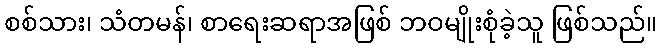
စစ်သား၊ သံတမန်၊ စာရေးဆရာအဖြစ် ဘဝမျိုးစုံခဲ့သူ ဖြစ်သည်။